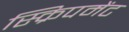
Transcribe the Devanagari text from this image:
स्क्रिपमेंट